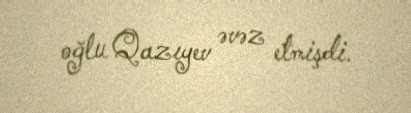
oğlu Qazıyev əvəz etmişdi.